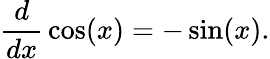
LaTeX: {\frac{d}{dx}}\cos(x)=-\sin(x).